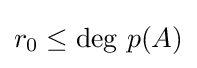
r_{0}\leq \deg \,p(A)